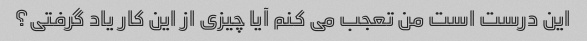
این درست است من تعجب می کنم آیا چیزی از این کار یاد گرفتی؟